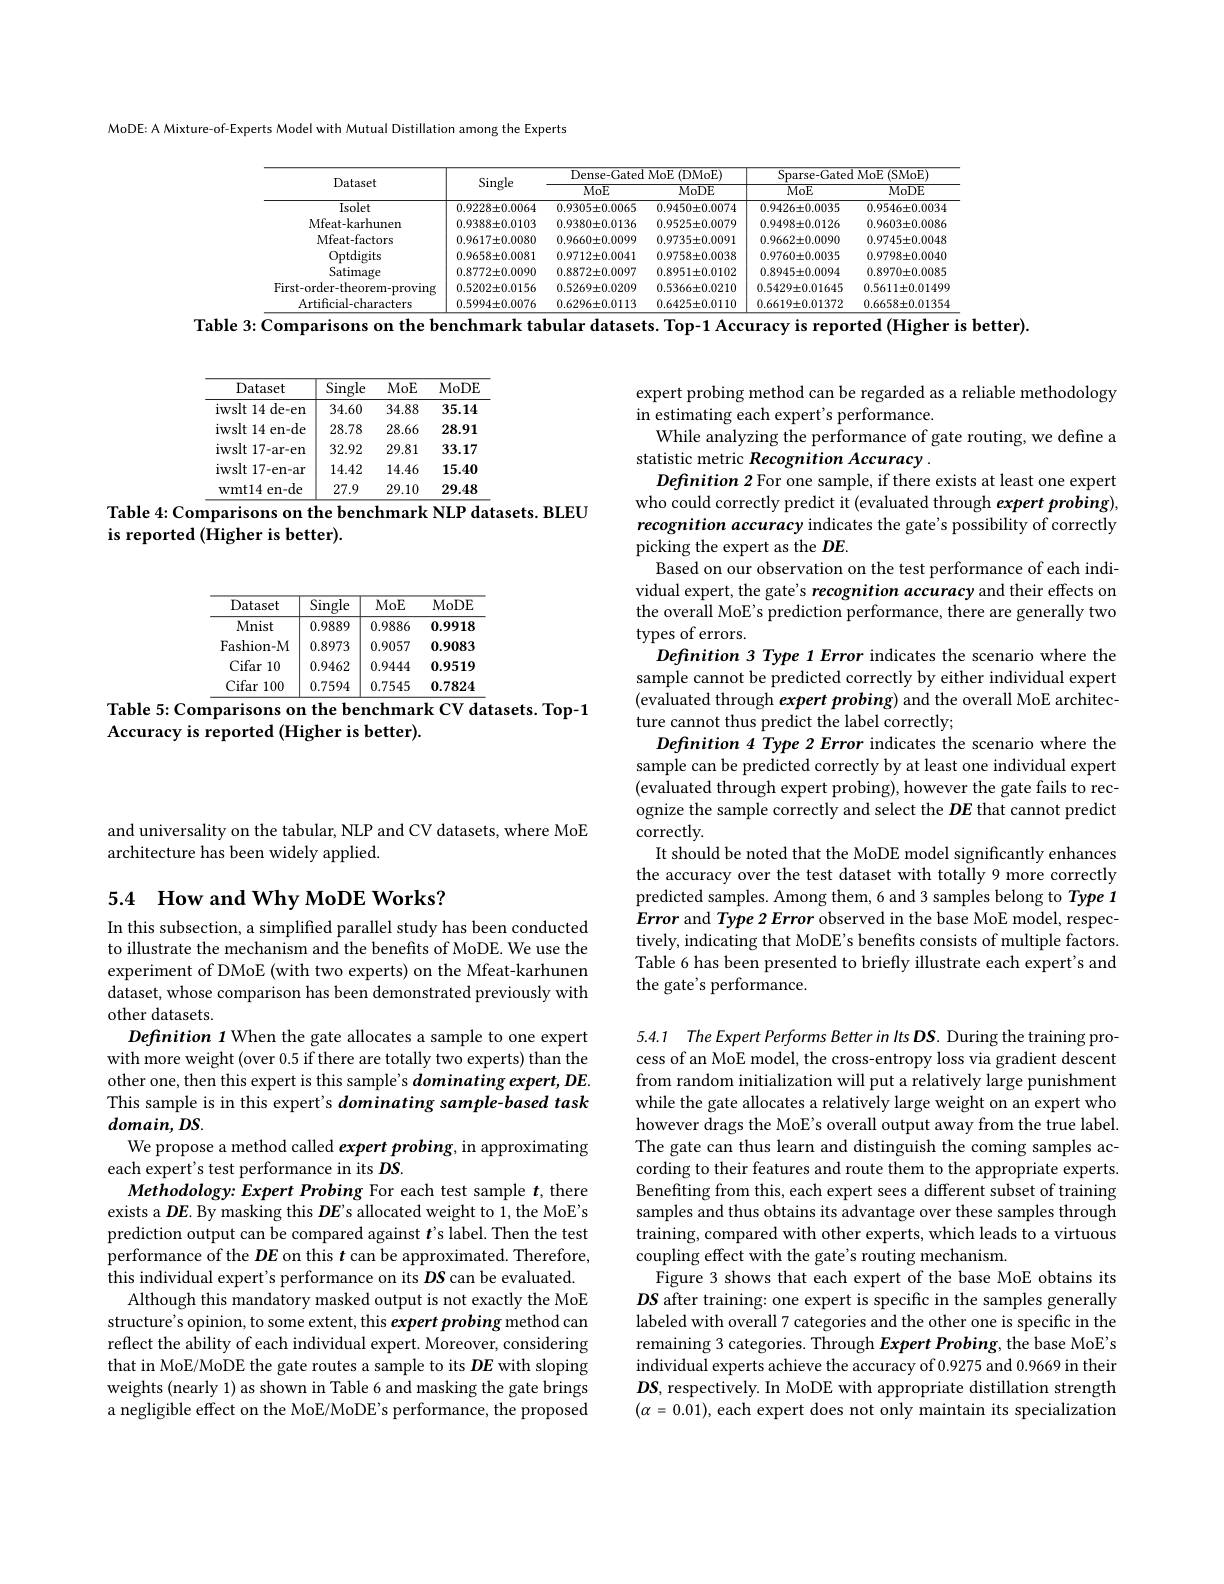
MoDE: A Mixture-of-Experts Model with Mutual Distillation among the Experts

<table>
	<tbody>
		<tr>
			<th rowspan="2">Dataset</th>
			<th> </th>
			<th>Dense-Gated</th>
			<th rowspan="1">Dense-Gated MoE (DMoE)</th>
			<th rowspan="1">Sparse-Gated MoE (SMoE)</th>
			<th>$\operatorname{MoE}(\operatorname{SMoE})$</th>
		</tr>
		<tr>
			<th> </th>
			<th>MoE</th>
			<th>MoDE</th>
			<th>$\overline{\mathrm{MoE}}$</th>
			<th>MoDE</th>
		</tr>
		<tr>
			<td>$\overline{\mathrm{Isolet}}$</td>
			<td>$0.9228\pm0.0064$</td>
			<td>$0.9305\pm0.0065$</td>
			<td>$0.9450\pm0.0074$</td>
			<td>$0.9426\pm0.0035$</td>
			<td>$0.9546\pm0.0034$</td>
		</tr>
		<tr>
			<td>Mfeat-karhunen</td>
			<td>$0.9388\pm0.0103$</td>
			<td>$0.9380\pm0.0136$</td>
			<td>$0.9525\pm0.0079$</td>
			<td>$0.9498\pm0.0126$</td>
			<td>$0.9603\pm0.0086$</td>
		</tr>
		<tr>
			<td>Mfeat-factors</td>
			<td>$0.9617\pm0.0080$</td>
			<td>$0.9660\pm0.0099$</td>
			<td>$0.9735\pm0.0091$</td>
			<td>$0.9662\pm0.0090$</td>
			<td>$0.9745\pm0.0048$</td>
		</tr>
		<tr>
			<td>Optdigits</td>
			<td>$0.9658\pm0.0081$</td>
			<td>$0.9712\pm0.0041$</td>
			<td>$0.9758\pm0.0038$</td>
			<td>$0.9760\pm0.0035$</td>
			<td>$0.9798\pm0.0040$</td>
		</tr>
		<tr>
			<td>Satimage</td>
			<td>$0.8772\pm0.0090$</td>
			<td>$0.8872\pm0.0097$</td>
			<td>$0.8951\pm0.0102$</td>
			<td>$0.8945\pm0.0094$</td>
			<td>$0.8970\pm0.0085$</td>
		</tr>
		<tr>
			<td>First- or</td>
			<td>ving $0.5202\pm0.0156$</td>
			<td>$0.5269\pm0.0209$</td>
			<td>$0.5366\pm0.0210$</td>
			<td>$0.5429\pm0.01645$</td>
			<td>$0.5611\pm0.01499$</td>
		</tr>
		<tr>
			<td>Artificial- ch raracters</td>
			<td>$0.5994\pm0.0076$</td>
			<td>$0.6296\pm0.0113$</td>
			<td>$0.6425\pm0.0110$</td>
			<td>$0.6619\pm0.01372$</td>
			<td>$0.6658\pm0.01354$</td>
		</tr>
	</tbody>
</table>
Table 3: Comparisons on the benchmark tabular datasets. Top-1 Accuracy is reported (Higher is better).

<table>
	<tbody>
		<tr>
			<th>Dataset</th>
			<th>$\overline{\mathrm{Single}}$</th>
			<th>MoE</th>
			<th>MoDE</th>
		</tr>
		<tr>
			<td>iwslt 14 de- en</td>
			<td>34.60</td>
			<td>34.88</td>
			<td>35.14</td>
		</tr>
		<tr>
			<td>iwslt t 14 en-de</td>
			<td>28.78</td>
			<td>28.66</td>
			<td>28.91</td>
		</tr>
		<tr>
			<td>iwslt $\textbf{t 17- ar- en}$ T</td>
			<td>32.92</td>
			<td>29.81</td>
			<td>33.17</td>
		</tr>
		<tr>
			<td>iwslt $\textbf{t 17- en- ar}$ 1</td>
			<td>14.42</td>
			<td>14.46</td>
			<td>15.40</td>
		</tr>
		<tr>
			<td>wmt14 en-de</td>
			<td>27.9</td>
			<td>29.10</td>
			<td>29.48</td>
		</tr>
	</tbody>
</table>
Table 4: Comparisons on the benchmark NLP datasets. BLEU

is reported (Higher is better).

<table>
	<tbody>
		<tr>
			<th>Dataset</th>
			<th>$\overline{\mathrm{Single}}$</th>
			<th>MoE</th>
			<th>MoDE</th>
		</tr>
		<tr>
			<td>Mnist</td>
			<td>0.9889</td>
			<td>0.9886</td>
			<td>0.9918</td>
		</tr>
		<tr>
			<td>Fashion- M</td>
			<td>0.8973</td>
			<td>0.9057</td>
			<td>0.9083</td>
		</tr>
		<tr>
			<td>Cifar 10</td>
			<td>0.9462</td>
			<td>0.9444</td>
			<td>0.9519</td>
		</tr>
		<tr>
			<td>Cifar 100</td>
			<td>0.7594</td>
			<td>0.7545</td>
			<td>0.7824</td>
		</tr>
	</tbody>
</table>
Table 5: Comparisons on the benchmark CV datasets. Top-1

Accuracy is reported (Higher is better).

and universality on the tabular, NLP and CV datasets, where MoE
architecture has been widely applied.

## 5.4 How and Why MoDE Works?

In this subsection, a simplified parallel study has been conducted to illustrate the mechanism and the benefits of MoDE. We use the experiment of DMoE (with two experts) on the Mfeat-karhunen dataset, whose comparison has been demonstrated previously with other datasets.
Definition 1 When the gate allocates a sample to one expert with more weight (over 0.5 if there are totally two experts) than the other one, then this expert is this sample's dominating expert, DE. This sample is in this expert's dominating sample-based task $domain,DS.$
We propose a method called expert probing, in approximating
each expert's test performance in its $DS.$
Methodology: Expert Probing For each test sample $t$, there exists a $DE$. By masking this $DE^{\prime}$s allocated weight to 1, the MoE's prediction output can be compared against $t$'s label. Then the test performance of the $DE$ on this $t$ can be approximated. Therefore, this individual expert's performance on its $DS$ can be evaluated.
Although this mandatory masked output is not exactly the MoE structure's opinion, to some extent, this expert probing method can reflect the ability of each individual expert. Moreover, considering that in MoE/MoDE the gate routes a sample to its $DE$ with sloping weights (nearly 1) as shown in Table 6 and masking the gate brings a negligible effect on the MoE/MoDE's performance, the proposed

expert probing method can be regarded as a reliable methodology
in estimating each expert's performance.
While analyzing the performance of gate routing, we define a
statistic metric Recognition Accuracy J
Defnition 2 For one sample, if there exists at least one expert who could correctly predict it (evaluated through expert probing), recognition accuracy indicates the gate's possibility of correctly picking the expert as the $DE.$
Based on our observation on the test performance of each individual expert, the gate's recognition accuracy and their effects on the overall MoE's prediction performance, there are generally two types of errors.
Definition 3 Type 1 Error indicates the scenario where the sample cannot be predicted correctly by either individual expert (evaluated through expert probing) and the overall MoE architecture cannot thus predict the label correctly;
Definition 4 Type 2 Error indicates the scenario where the sample can be predicted correctly by at least one individual expert (evaluated through expert probing), however the gate fails to recognize the sample correctly and select the DE that cannot predict correctly.
It should be noted that the MoDE model significantly enhances the accuracy over the test dataset with totally 9 more correctly predicted samples. Among them, 6 and 3 samples belong to Type 1 Error and Type 2 Error observed in the base MoE model, respectively, indicating that MoDE's benefits consists of multiple factors. Table 6 has been presented to briefly illustrate each expert's and the gate's performance.

5.4.1 The Expert Performs Better in Its DS. During the training process of an MoE model, the cross-entropy loss via gradient descent from random initialization will put a relatively large punishment while the gate allocates a relatively large weight on an expert who however drags the MoE's overall output away from the true label. The gate can thus learn and distinguish the coming samples according to their features and route them to the appropriate experts. Benefiting from this, each expert sees a different subset of training samples and thus obtains its advantage over these samples through training, compared with other experts, which leads to a virtuous coupling effect with the gate's routing mechanism.
Figure 3 shows that each expert of the base MoE obtains its $DS$ after training: one expert is specific in the samples generally labeled with overall 7 categories and the other one is specific in the remaining 3 categories. Through Expert Probing, the base MoE's individual experts achieve the accuracy of 0.9275 and 0.9669 in their $DS$, respectively. In MoDE with appropriate distillation strength $(\alpha=0.01)$, each expert does not only maintain its specialization